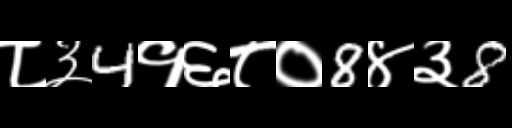
Text: ८३4१६८०8४३8